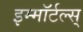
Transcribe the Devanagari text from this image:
इम्मॉर्टल्स्